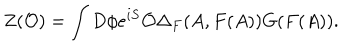
Z ( { \cal O } ) = \int D \phi e ^ { i S } { \cal O } \Delta _ { F } ( A , F ( A ) ) G ( F ( A ) ) .